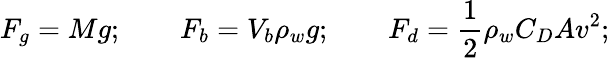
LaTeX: F_{g}=Mg;\qquad F_{b}=V_{b}\rho_{w}g;\qquad F_{d}=\frac{1}{2}\rho_{w}C_{D}Av^{2};